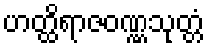
ဟတ္ထိရာဇဝဏ္ဏသုတ္တံ